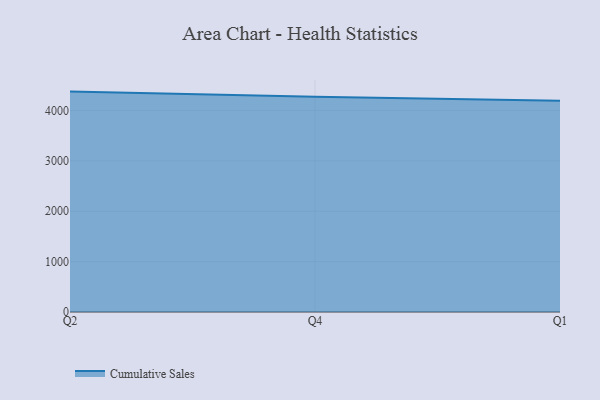
{"axis": {"x": "Quarter", "y": "Tickets Resolved"}, "legend": ["Cumulative Sales"], "data": [{"x": "Q2", "y": 4374.3, "type": "Cumulative Sales"}, {"x": "Q4", "y": 4273.4, "type": "Cumulative Sales"}, {"x": "Q1", "y": 4192.7, "type": "Cumulative Sales"}]}